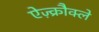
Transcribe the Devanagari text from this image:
ऐज़्क्रौक्ले